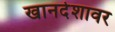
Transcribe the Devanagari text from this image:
खानदेशावर